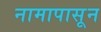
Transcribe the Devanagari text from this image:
नामापासून